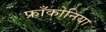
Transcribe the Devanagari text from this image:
फ्रॉंकोनिया